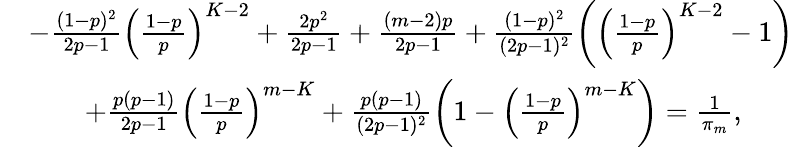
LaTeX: \begin{array}{rl}&{-\frac{(1-p)^{2}}{2p-1}\left(\frac{1-p}{p}\right)^{K-2}+\frac{2p^{2}}{2p-1}+\frac{(m-2)p}{2p-1}+\frac{(1-p)^{2}}{(2p-1)^{2}}\left(\left(\frac{1-p}{p}\right)^{K-2}-1\right)}\\ &{\qquad+\frac{p(p-1)}{2p-1}\left(\frac{1-p}{p}\right)^{m-K}+\frac{p(p-1)}{(2p-1)^{2}}\left(1-\left(\frac{1-p}{p}\right)^{m-K}\right)=\frac{1}{\pi_{m}},}\end{array}